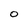
Character: O